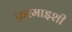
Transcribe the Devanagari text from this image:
फ़रमाइशी